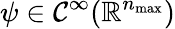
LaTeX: \psi\in\mathcal{C}^{\infty}(\mathbb{R}^{n_{\operatorname*{max}}})